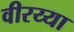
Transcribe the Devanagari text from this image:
वीरय्या